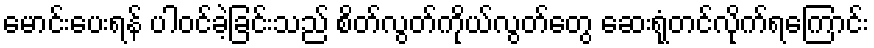
မောင်းပေးရန် ပါဝင်ခဲ့ခြင်းသည် စိတ်လွတ်ကိုယ်လွတ်တွေ ဆေးရုံတင်လိုက်ရကြောင်း